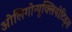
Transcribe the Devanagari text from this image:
ओलिगोन्यूक्लियोटिड्स